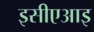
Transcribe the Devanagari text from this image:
इसीएआइ